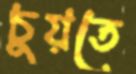
চুয়তে